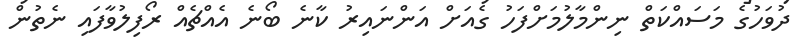
ދުވަހުގެ މަސައްކަތް ނިންމާލުމަށްފަހު ގެއަށް އަންނައިރު ކާނެ ބޯނެ އެއްޗެއް ރޯފިލުވާފައި ނެތުން